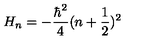
H _ { n } = - \frac { \hbar ^ { 2 } } { 4 } ( n + \frac { 1 } { 2 } ) ^ { 2 }